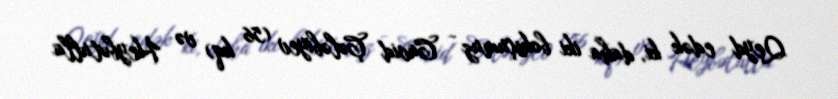
Qeyd edək ki, daha iki boksçumuz - Cavid Çələbiyev (56 kq) və Heybətulla